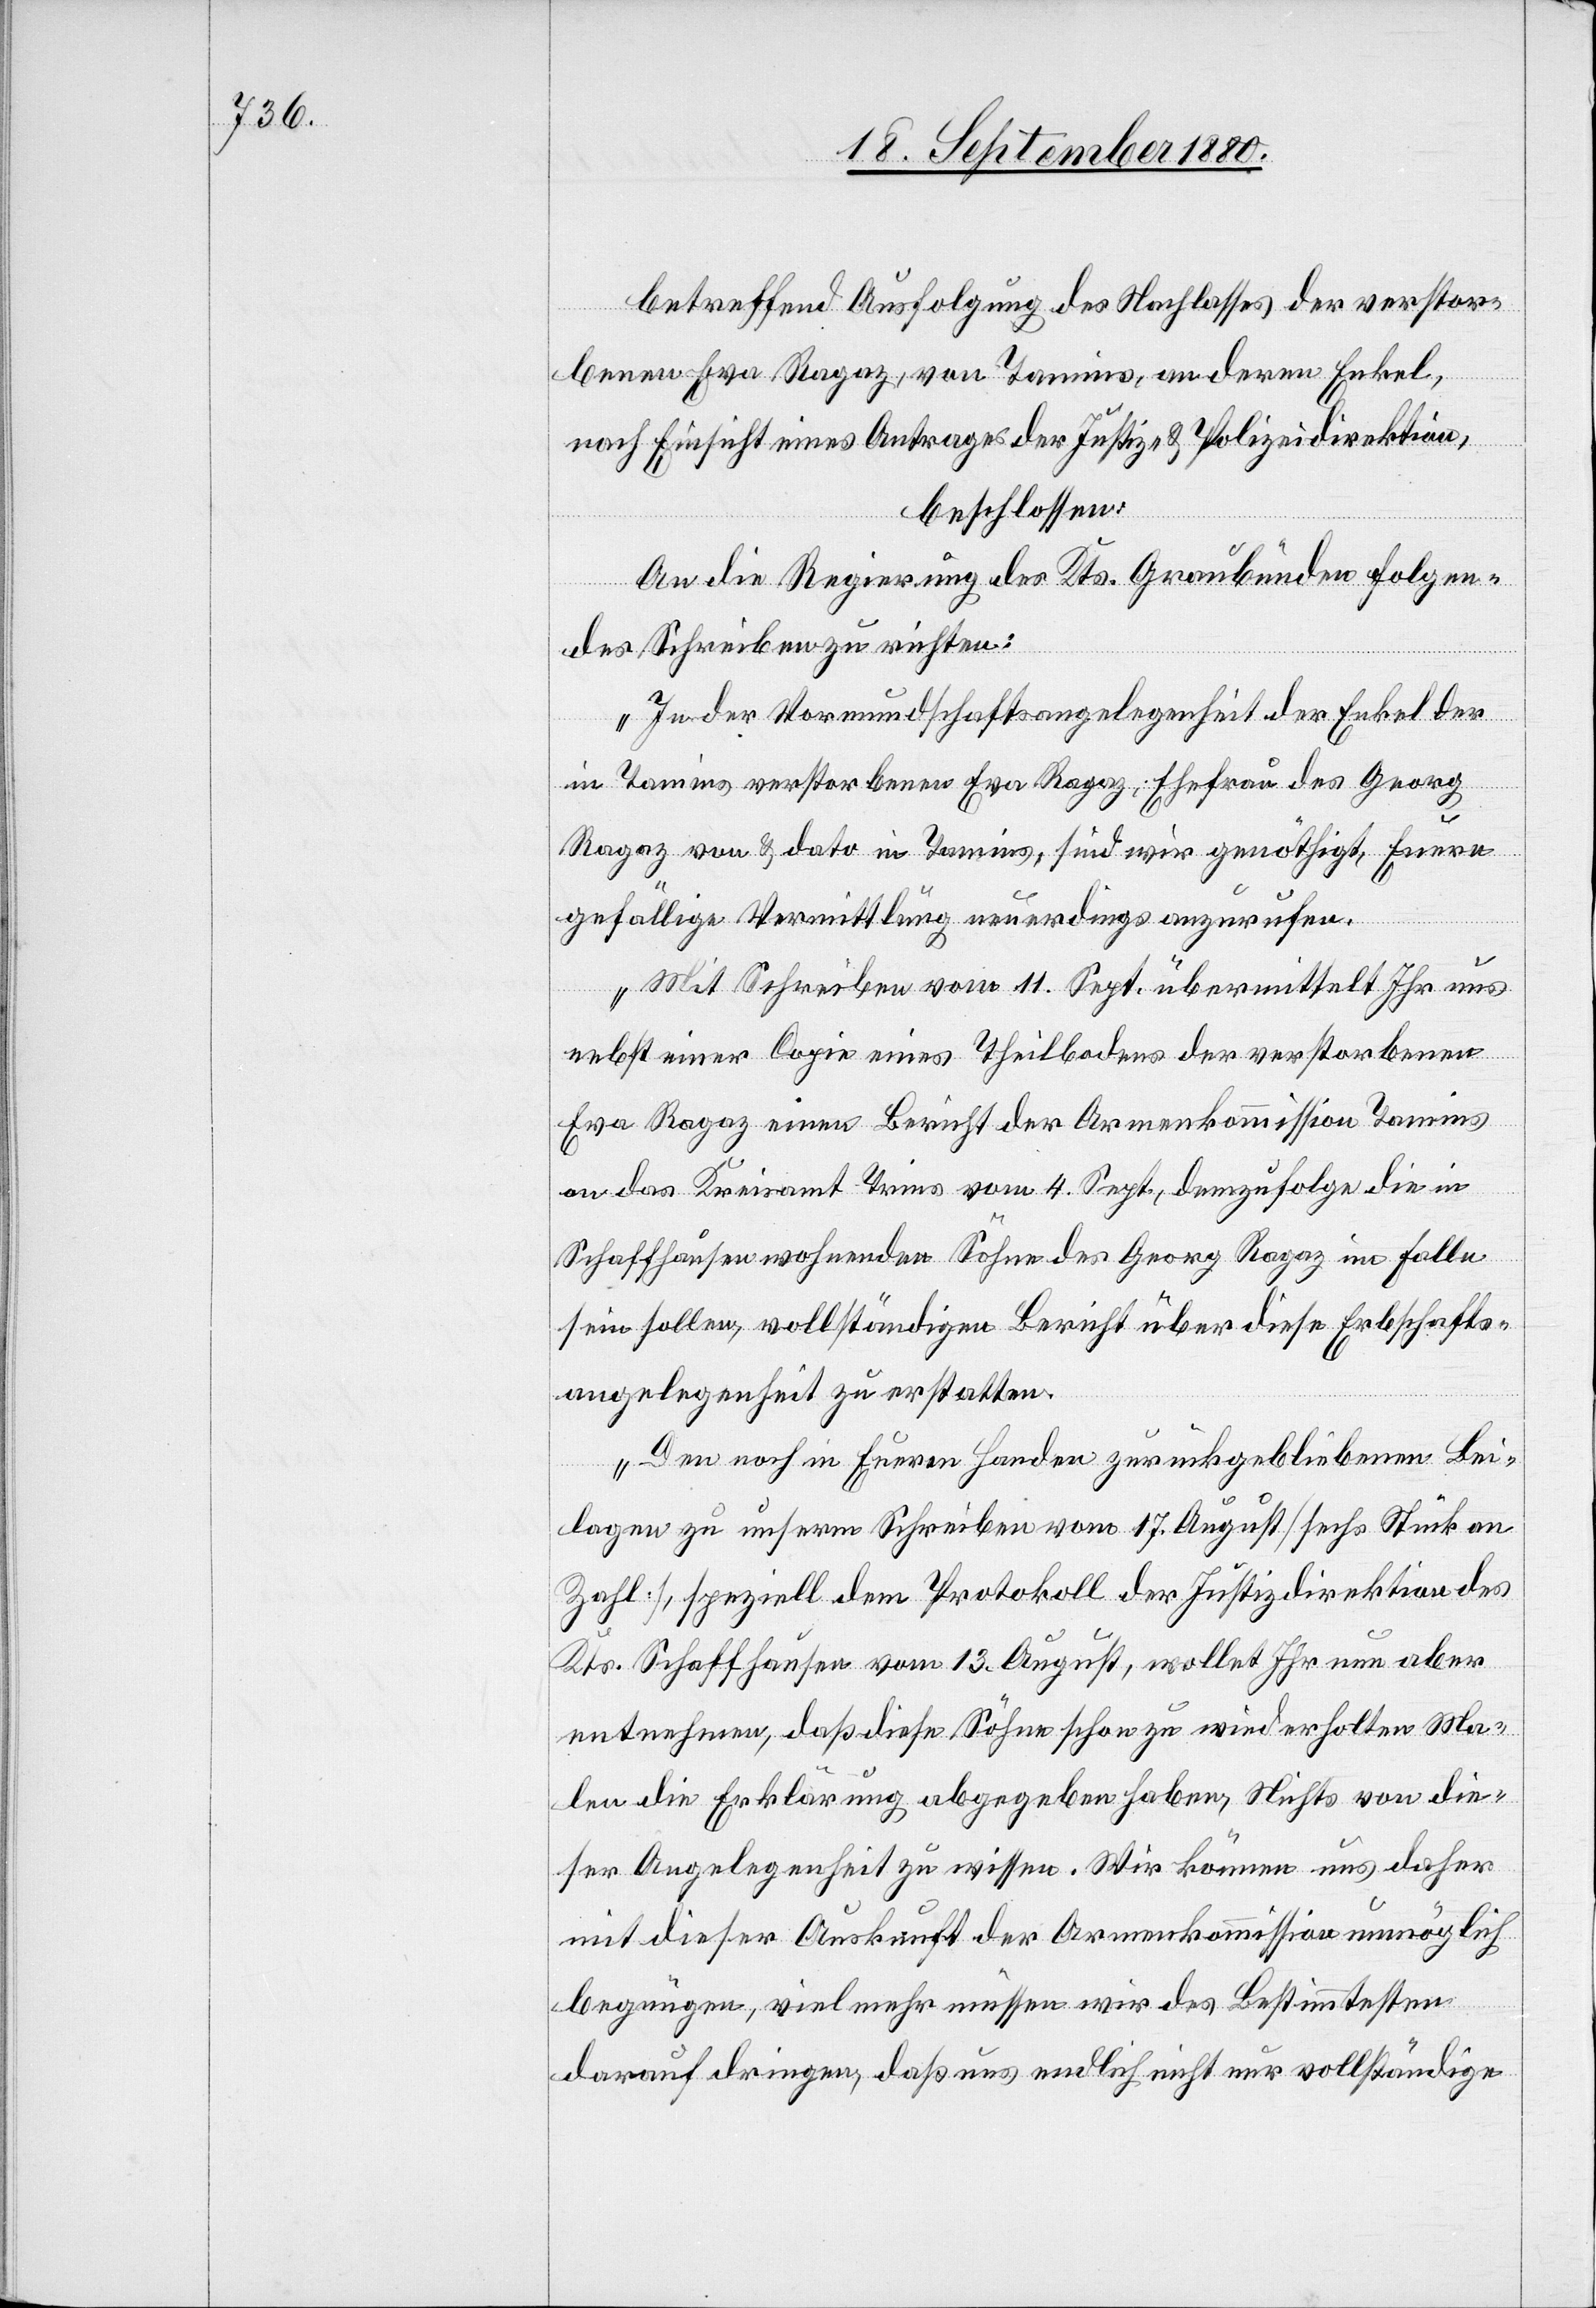
betreffend Ausfolgung des Nachlasses der verstor¬
benen Eva Ragaz, von Tamins, an deren Enkel
nach Einsicht eines Antrages der Justiz- & Polizeidirektion,
beschlossen:
An die Regierung des Kts. Graubünden folgen¬
des Schreiben zu richten:
„In der Vormundschaftsangelegenheit der Enkel der
in Tamins verstorbenen Eva Ragaz, Ehefrau des Georg
Ragaz von & dato in Tamins, sind wir genöthigt, Eure
gefällige Vermittlung neuerdings anzurufen.
Mit Schreiben vom 11. Sept übermittelt Ihr uns
nebst einer Copie eines Theilbodens der verstorbenen
Eva Ragaz einen Bericht der Armenkommission Tamins
an das Kreisamt Trins vom 4. Sept., demzufolge die in
Schaffhausen wohnenden Söhne des Georg Ragaz im Falle
sein sollen, vollständigen Bericht über dies Erbschafts¬
angelegenheit zu erstatten.
Den noch in euren Handen zurückgebliebenen Bei¬
lagen zu unserm Schreiben vom 17. August [sechs Stück an
Zahl], speziell dem Protokoll der Justizdirektion des
Kts. Schaffhausen vom 13. August, wollet Ihr nun aber
entnehmen, daß diese Söhne schon zu wiederholten Ma¬
len die Erklärung abgegeben haben, Nichts von die¬
ser Angelegenheit zu wissen. Wir können uns daher
mit dieser Auskunft der Armenkommission unmöglich
begnügen, vielmehr müssen wir des Bestimmtsten
darauf dringen, daß uns endlich nicht nur vollständige